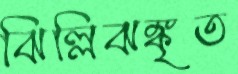
ঝিল্লিঝঙ্কৃত